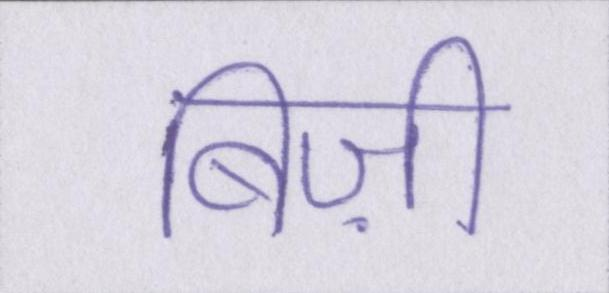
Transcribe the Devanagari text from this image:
बिज़ी